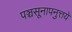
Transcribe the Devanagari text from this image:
पञ्चसूनापनुत्तये